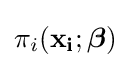
\pi _{i}(\mathbf {x_{i}} ;{\boldsymbol {\beta }})